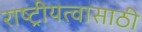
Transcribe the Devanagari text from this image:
राष्ट्रीयत्वासाठी